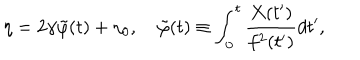
LaTeX: \eta = 2 \gamma \tilde { \varphi } ( t ) + \eta _ { 0 } , ~ \tilde { \varphi } ( t ) \equiv \int _ { 0 } ^ { t } \frac { X ( t ^ { \prime } ) } { f ^ { 2 } ( t ^ { \prime } ) } d t ^ { \prime } ,